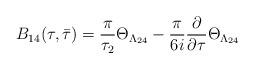
LaTeX: \begin{align*}B_{14}(\tau,\bar{\tau})=\frac{\pi}{\tau_{2}}\Theta_{\Lambda_{24}}-\frac{\pi}{6i}\frac{\partial}{\partial\tau}\Theta_{\Lambda_{24}}\end{align*}